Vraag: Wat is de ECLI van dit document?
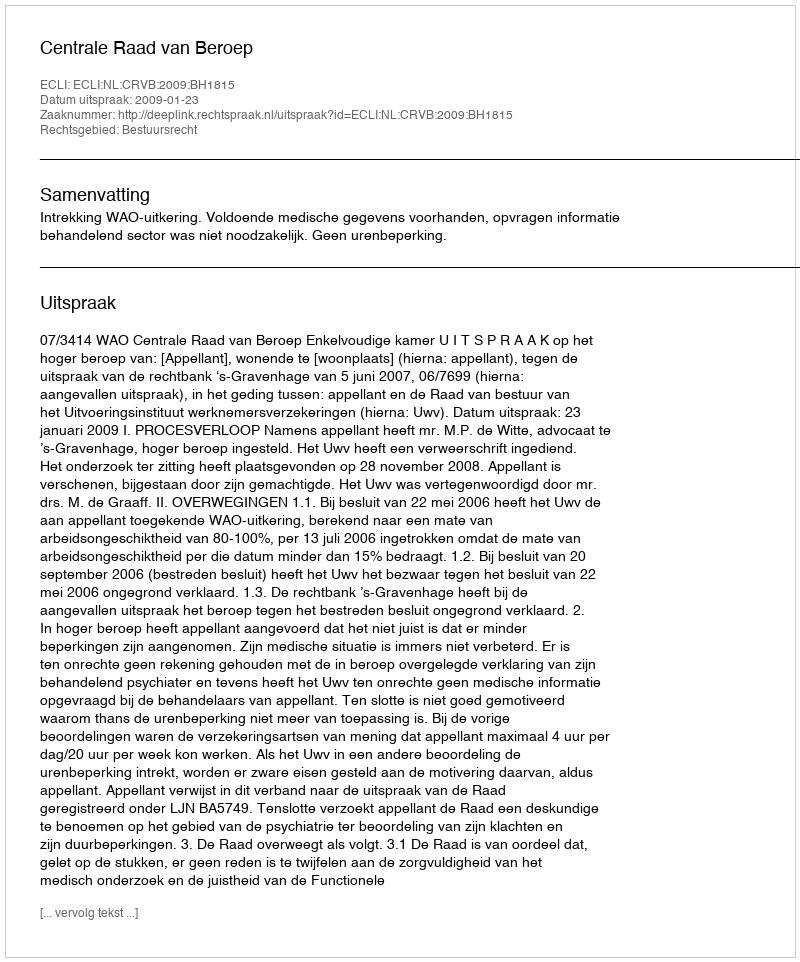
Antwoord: ECLI:NL:CRVB:2009:BH1815